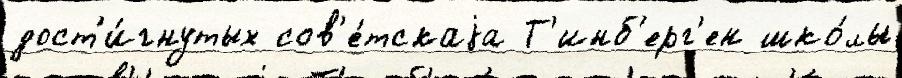
дост'и́гнутых сов'е́тскаjа Т'инб'ерг'ен шко́лы